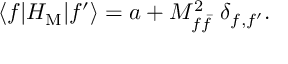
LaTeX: \langle f \vert H _ { \mathrm { M } } \vert f ^ { \prime } \rangle = a + M _ { f \bar { f } } ^ { 2 } \ \delta _ { f , f ^ { \prime } } .